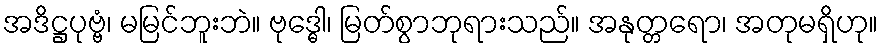
အဒိဋ္ဌပုဗ္ဗံ၊ မမြင်ဘူးဘဲ။ ဗုဒ္ဓေါ၊ မြတ်စွာဘုရားသည်။ အနုတ္တရော၊ အတုမရှိဟု။